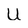
Character: U